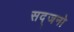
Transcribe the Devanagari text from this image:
सद्जनो